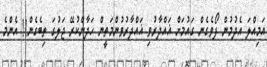
އަމިއްލަ އެދުމުން ފޯވެގެން ގައުމަށް ޣައްދާރުވި ޣައްދާރުވުންމަތީން ހަދާންކުރޭ ޖަލުގަ ތިބެގެން!! އެންމެ